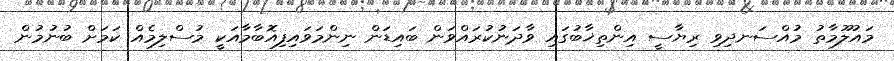
މައުލޫމާތު މުއްސަނދިވި ރިޔާސީ އިންތިޚާބުގައި ވާދަނުކުރައްވަން ބައިޑަން ނިންމަވައިފިއޮބާމާއަކީ މުސްލިމެއް ކަމަށް ބުނުމުން